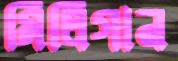
মিলিগান